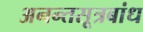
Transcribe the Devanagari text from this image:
अनन्तसूत्रबांध